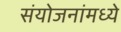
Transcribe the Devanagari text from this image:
संयोजनांमध्ये